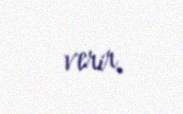
verir.